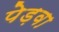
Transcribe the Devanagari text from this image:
पेड़वा